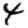
Digit: 4